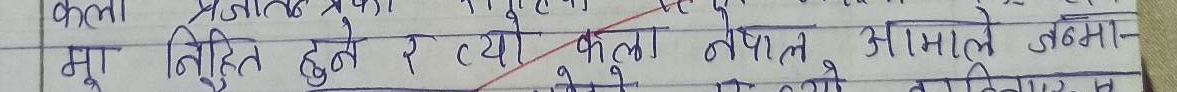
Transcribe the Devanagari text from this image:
मू निश्चित हुने र त्यो खोला नेपाल हिमालले ठमा-